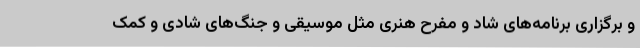
و برگزاری برنامه‌های شاد و مفرح هنری مثل موسیقی و جنگ‌های شادی و کمک